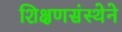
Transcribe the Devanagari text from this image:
शिक्षणसंस्थेने